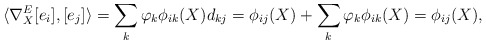
\begin{align*} \langle\nabla^E_X[e_i],[e_j]\rangle=\sum_k \varphi_k\phi_{ik}(X)d_{kj}=\phi_{ij}(X)+\sum_k \varphi_k\phi_{ik}(X)=\phi_{ij}(X), \end{align*}